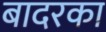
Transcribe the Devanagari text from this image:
बादरका